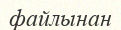
файлынан